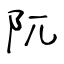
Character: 阢